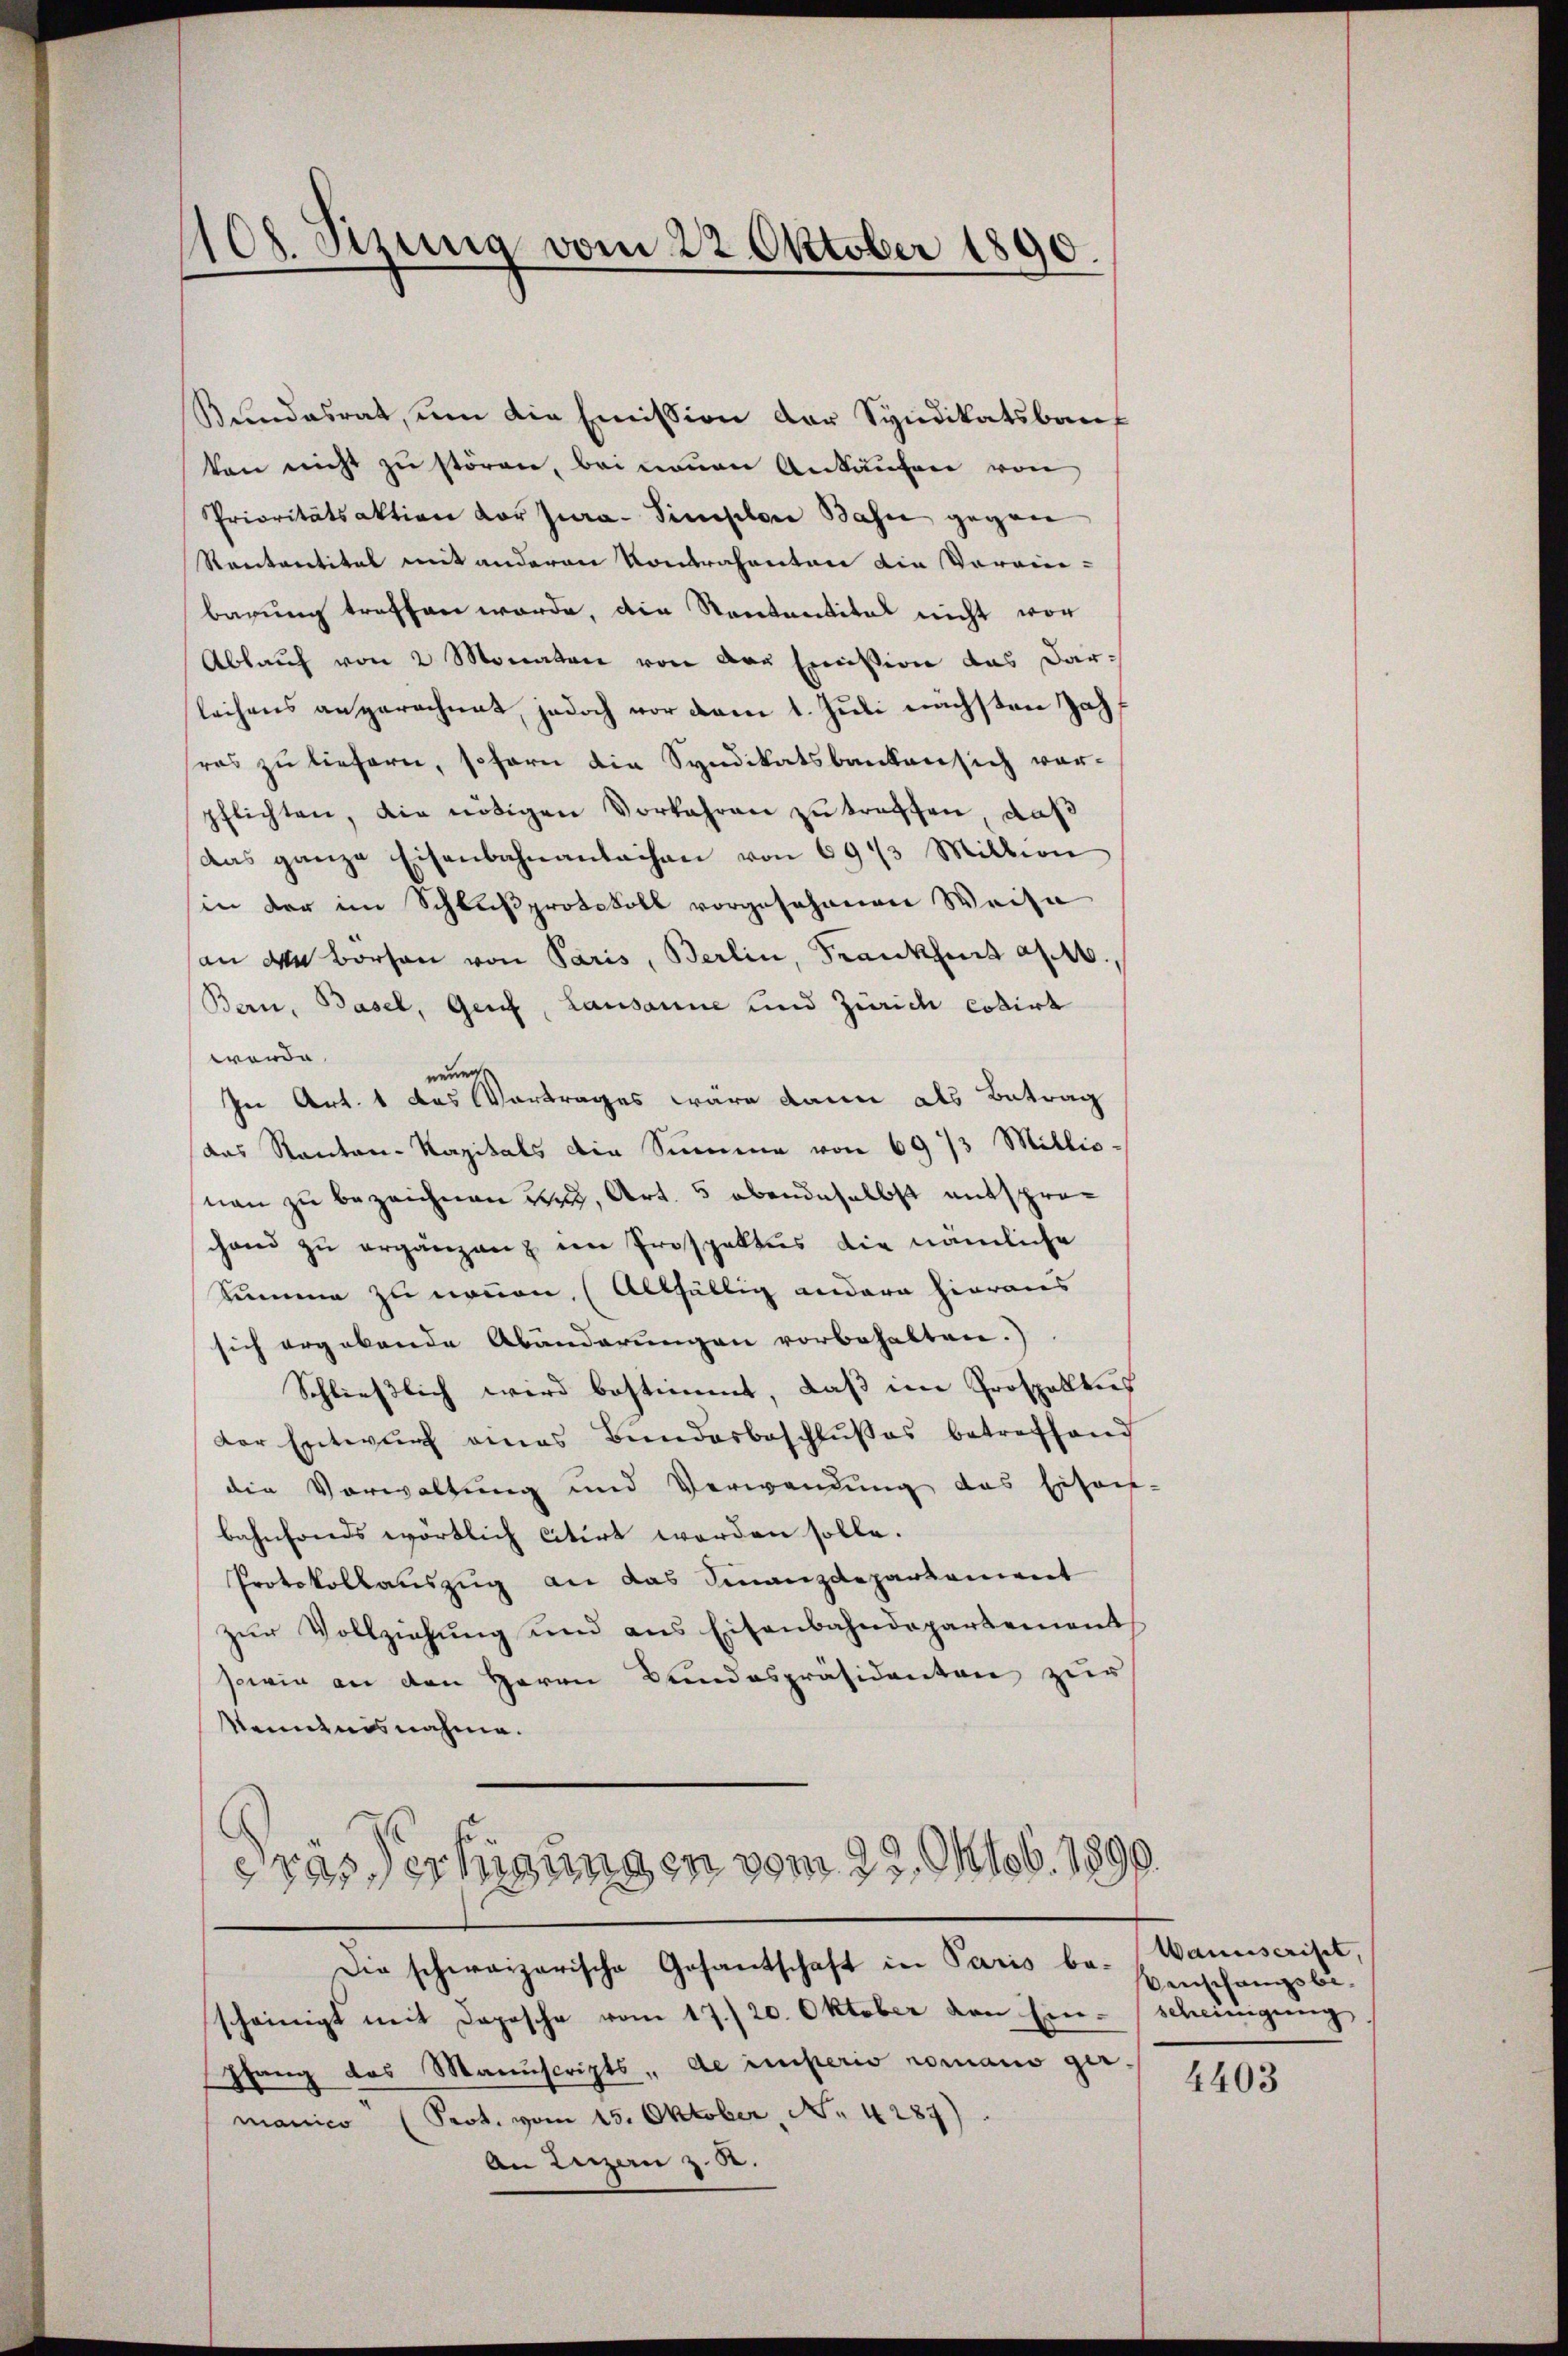
108. Sizung vom 22. Oktober 1890.

Bundesrat, um die Emission der Syndikatsbauten nicht zu stören, bei neuen Ankäufer von
Prioritätsaktion vor Jura - Simplon Bahn gegen
Rantantital mit anderen Kontrahenten die Vorain-
barung treffen werde, die Rentantitel nicht vor
Ablauf von 2 Monaten von der Emission das Darlachens angerechnet, jedoch vor dem 1. Juli nächsten Jahsras zu liefern, sofern die Syndikatsbanken sich vorpflichten, die nötigen Vorfahren zŭ treffen, daß
das ganze Eisenbahnanlachen von 693 Million
in der im Schlußprotokoll vorgesehenen Weise
san den Borten von Paris, Berlin, Frankheit an. 16.
Bern, Basel, Genf, Lausanne und Zürich codirt
worde.
neuerst
In Art. 1 das Vortrages wäre kann als Betrag
das Kanton-Kapitals die Summe von 69 /3 Millio-
nen zu bezeichnen uns, Art. 5 ebendaselbst entsprochand zu ergänzung im Prospektus die nämliche
Summe zu nennen, (Allfällig andere hieraus
sich ergebende Abänderungen vorbehalten.)
Schließlich wird bestimmt, daß im Prospellens
der Entwŭrf eines Bundesbeschlußes betreffend
die Vorwaltung und Verwendung das schon
bahnfonds wörtlich citirt werden solle.
Protokollauszug an das Finanzdepartement
zur Vollziehung und aus Eisenbahndepartement
sowie an den Herrn Bundespräsidenten zur
Kenntnisnahme.
ertigungen vom 23. Oktob. 1890.
885
Die schweizerische Gesantschaft in Paris bescheinigt mit Depesche vom 17./20. Oktober von Ein-Scheinigung.
pfang des Manuscripts - de einferio romano germanico (Prot. vom 15. Oktober, No 4289).
An Luzern z. B.

Wanuscrisil,
Venschampsbi¬

4403